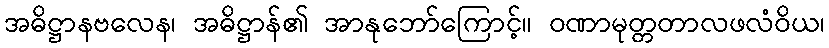
အဓိဋ္ဌာနဗလေန၊ အဓိဋ္ဌာန်၏ အာနုဘော်ကြောင့်။ ဝဏာမုတ္တတာလဖလံဝိယ၊